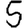
Digit: 5